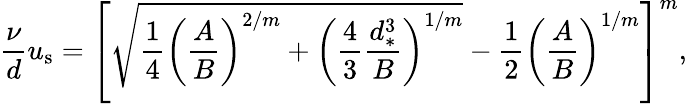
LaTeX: \frac{\nu}{d}u_{\mathrm{s}}=\left[\sqrt{\frac{1}{4}\left(\frac{A}{B}\right)^{2/m}+\left(\frac{4}{3}\frac{d_{*}^{3}}{B}\right)^{1/m}}-\frac{1}{2}\left(\frac{A}{B}\right)^{1/m}\right]^{m},